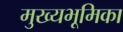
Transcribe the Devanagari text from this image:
मुख्यभूमिका